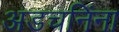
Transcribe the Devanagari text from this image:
अडचनिंना